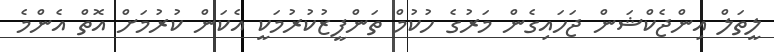
ލީތަލް އިންޖެކްޝަން ޖަހައިގެން މަރުގެ ހުކުމް ތަންފީޒުކުރުމަކީ އެކަން ކުރުމަށް އޮތް އެންމެ